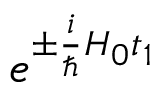
e ^ { \pm \frac { i } { \hbar } H _ { 0 } t _ { 1 } }